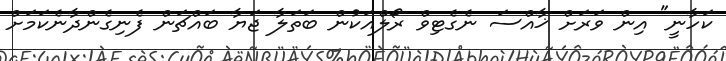
ކަހާނީ" އިން ވަރަށް ޚާއްސަ ނެގެޓިވް ރޯލްއަކުން ބަތަލާ ޖަޔާ ބައްޗަން ފެނިގެންދާނެކަމަށް